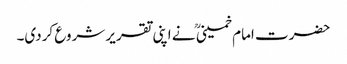
حضرت امام خمینی ؒ نے اپنی تقریر شروع کردی۔